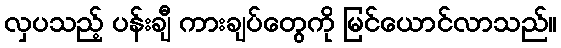
လှပသည့် ပန်းချီ ကားချပ်တွေကို မြင်ယောင်လာသည်။